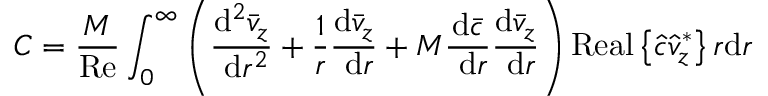
C = \frac { M } { \operatorname { R e } } \int _ { 0 } ^ { \infty } \left( \frac { \mathrm { d } ^ { 2 } \bar { v } _ { z } } { \mathrm { ~ d } r ^ { 2 } } + \frac { 1 } { r } \frac { \mathrm { d } \bar { v } _ { z } } { \mathrm { ~ d } r } + M \frac { \mathrm { d } \bar { c } } { \mathrm { ~ d } r } \frac { \mathrm { d } \bar { v } _ { z } } { \mathrm { ~ d } r } \right) \operatorname { R e a l } \left\{ \hat { c } \hat { v } _ { z } ^ { * } \right\} r \mathrm { d } r